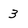
Character: 3